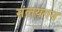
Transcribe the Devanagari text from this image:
संलयगन